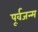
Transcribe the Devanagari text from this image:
पूर्वजन्‍म